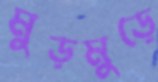
মুড়মুড়ে